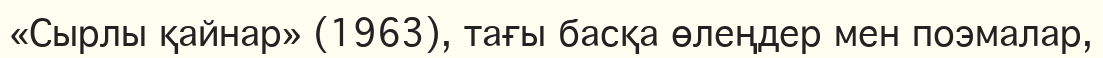
«Сырлы қайнар» (1963), тағы басқа өлеңдер мен поэмалар,